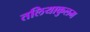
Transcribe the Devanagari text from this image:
तलियाकुलम